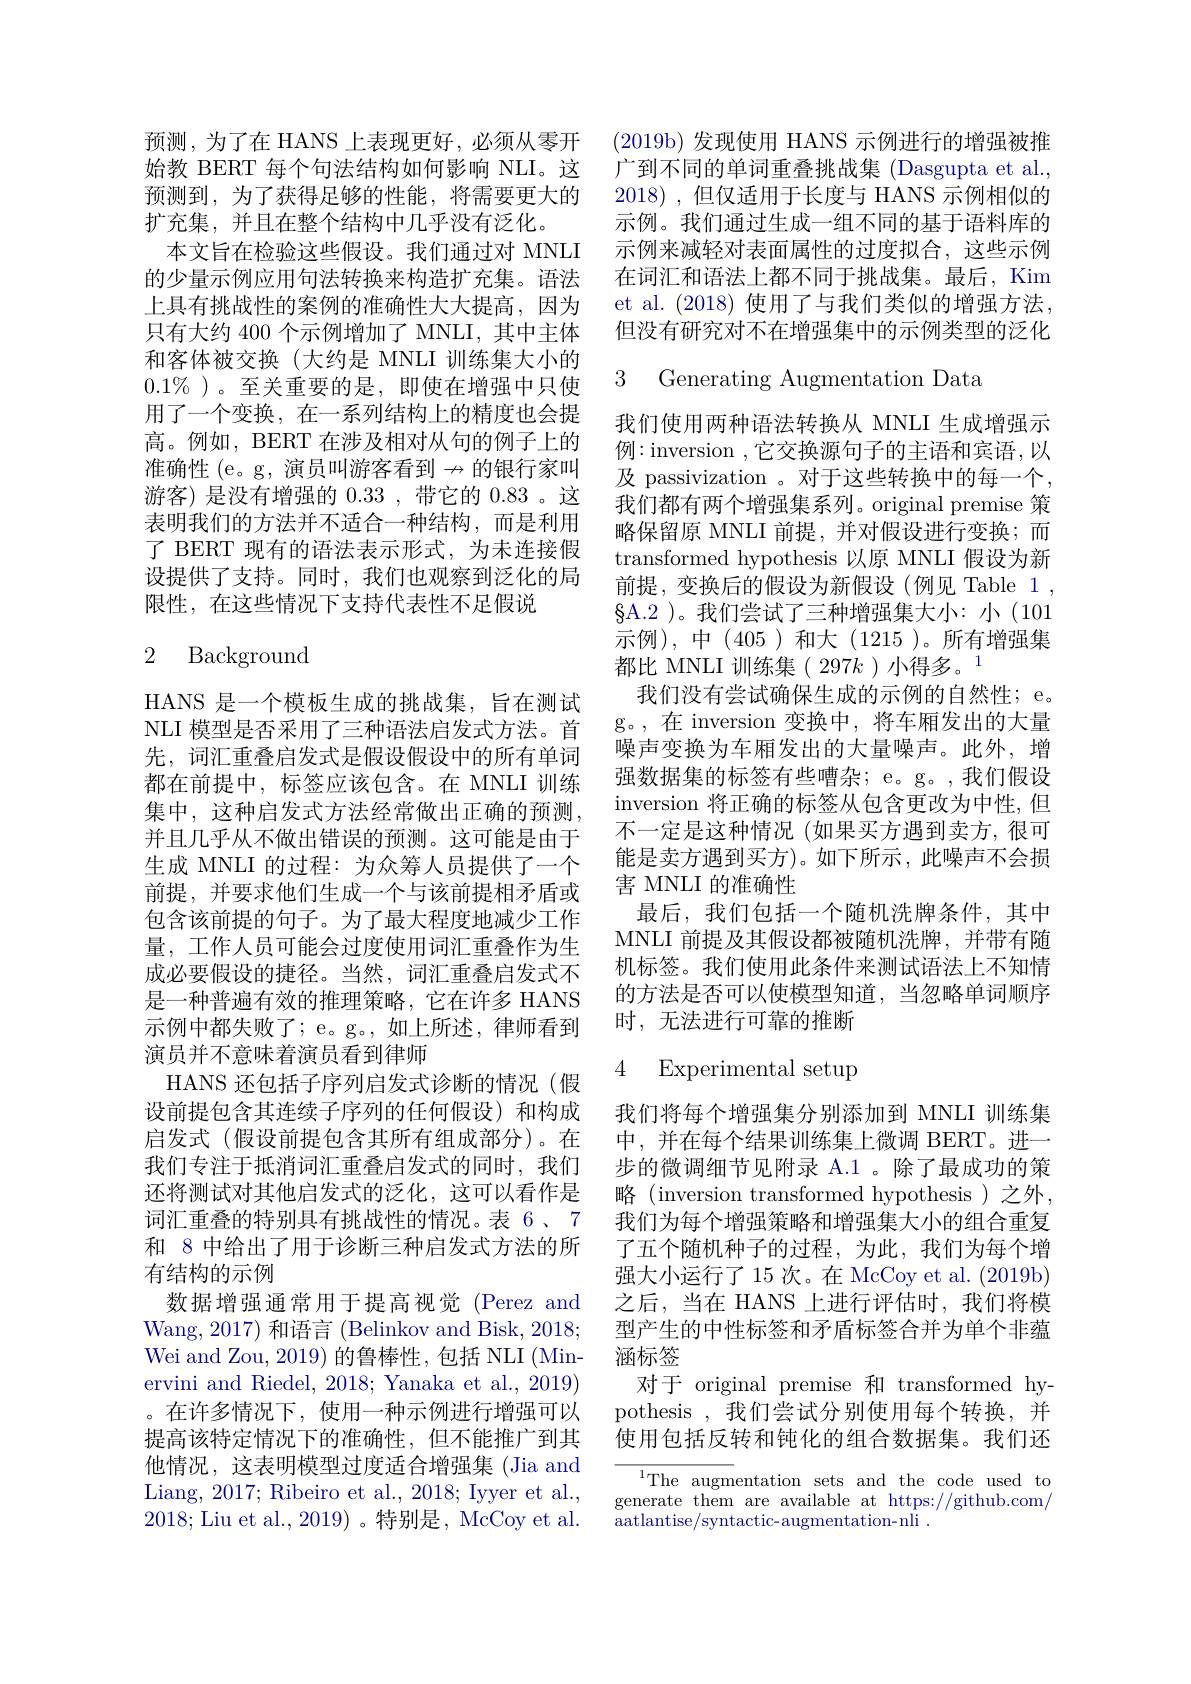
预测，为了在 HANS 上表现更好，必须从零开始教 BERT 每个句法结构如何影响 NLI。这扩充集，并且在整个结构中几乎没有泛化。
本文旨在检验这些假设。我们通过对 MNLI 的少量示例应用句法转换来构造扩充集。语法上具有挑战性的案例的准确性大大提高，因为只有大约 400 个示例增加了 MNLI, 其中主体和客体被交换(大约是 MNLI 训练集大小的$0.1\%$ )。至关重要的是，即使在增强中只使用了一个变换，在一系列结构上的精度也会提高。例如，BERT 在涉及相对从句的例子上的准确性 (e。g, 演员叫游客看到$\nrightarrow$的银行家叫游客) 是没有增强的0.33,带它的0.83 。这表明我们的方法并不适合一种结构，而是利用了 BERT 现有的语法表示形式，为未连接假设提供了支持。同时，我们也观察到泛化的局限性，在这些情况下支持代表性不足假说

## 2 Background

HANS 是一个模板生成的挑战集，旨在测试NLI 模型是否采用了三种语法启发式方法。首先，词汇重叠启发式是假设假设中的所有单词都在前提中，标签应该包含。在 MNLI 训练集中，这种启发式方法经常做出正确的预测， 并且几乎从不做出错误的预测。这可能是由于生成 MNLI 的过程：为众筹人员提供了一个前提，并要求他们生成一个与该前提相矛盾或包含该前提的句子。为了最大程度地减少工作量，工作人员可能会过度使用词汇重叠作为生成必要假设的捷径。当然，词汇重叠启发式不是一种普遍有效的推理策略，它在许多 HANS 示例中都失败了；e。g。, 如上所述，律师看到演员并不意味着演员看到律师
HANS 还包括子序列启发式诊断的情况(假设前提包含其连续子序列的任何假设)和构成启发式(假设前提包含其所有组成部分)。在我们专注于抵消词汇重叠启发式的同时，我们还将测试对其他启发式的泛化，这可以看作是词汇重叠的特别具有挑战性的情况。表 6、7和 8 中给出了用于诊断三种启发式方法的所有结构的示例
数据增强通常用于提高视觉(Perez and Wang, 2017) 和语言 (Belinkov and Bisk, 2018; Wei and Zou, 2019) 的鲁棒性，包括 NLI (Minervini and Riedel, 2018; Yanaka et al., 2019) 。在许多情况下，使用一种示例进行增强可以提高该特定情况下的准确性，但不能推广到其他情况，这表明模型过度适合增强集 (Jia and Liang, 2017; Ribeiro et al., 2018; Iyyer et al., 2018; Liu et al., 2019)。特别是，McCoy et al.

(2019b)发现使用 HANS 示例进行的增强被推广到不同的单词重叠挑战集 (Dasgupta et al.,
预测到，为了获得足够的性能，将需要更大的 2018) ,但仅适用于长度与 HANS 示例相似的
示例。我们通过生成一组不同的基于语料库的示例来减轻对表面属性的过度拟合，这些示例在词汇和语法上都不同于挑战集。最后，Kim et al. (2018)使用了与我们类似的增强方法， 但没有研究对不在增强集中的示例类型的泛化

3 Generating Augmentation Data

我们使用两种语法转换从 MNLI 生成增强示例：inversion ,它交换源句子的主语和宾语，以及 passivization 。对于这些转换中的每一个， 我们都有两个增强集系列。original premise 策略保留原 MNLI 前提，并对假设进行变换；而transformed hypothesis 以原 MNLI 假设为新前提，变换后的假设为新假设(例见 Table 1 , $\S$A.2 )。我们尝试了三种增强集大小：小(101示例),中(405)和大(1215)。所有增强集都比 MNLI 训练集( 297k )小得多。1
我们没有尝试确保生成的示例的自然性；e。g。,在 inversion 变换中，将车厢发出的大量噪声变换为车厢发出的大量噪声。此外，增强数据集的标签有些嘈杂；e。g。,我们假设inversion 将正确的标签从包含更改为中性，但不一定是这种情况 (如果买方遇到卖方，很可能是卖方遇到买方)。如下所示，此噪声不会损害 MNLI 的准确性
最后，我们包括一个随机洗牌条件，其中MNLI 前提及其假设都被随机洗牌，并带有随机标签。我们使用此条件来测试语法上不知情的方法是否可以使模型知道，当忽略单词顺序时，无法进行可靠的推断

# 4 Experimental setup

我们将每个增强集分别添加到 MNLI 训练集中，并在每个结果训练集上微调 BERT。进一步的微调细节见附录 A.1 。除了最成功的策略 (inversion transformed hypothesis )之外， 我们为每个增强策略和增强集大小的组合重复了五个随机种子的过程，为此，我们为每个增强大小运行了15次。在 McCoy et al. (2019b) 之后，当在 HANS 上进行评估时，我们将模型产生的中性标签和矛盾标签合并为单个非蕴涵标签
对于 original premise 和 transformed hypothesis ,我们尝试分别使用每个转换，并使用包括反转和钝化的组合数据集。我们还

${^{1}\text{The augm}}$entation sets and the code used to generate them are available at https://github.com/ aatlantise/syntactic-augmentation-nli.